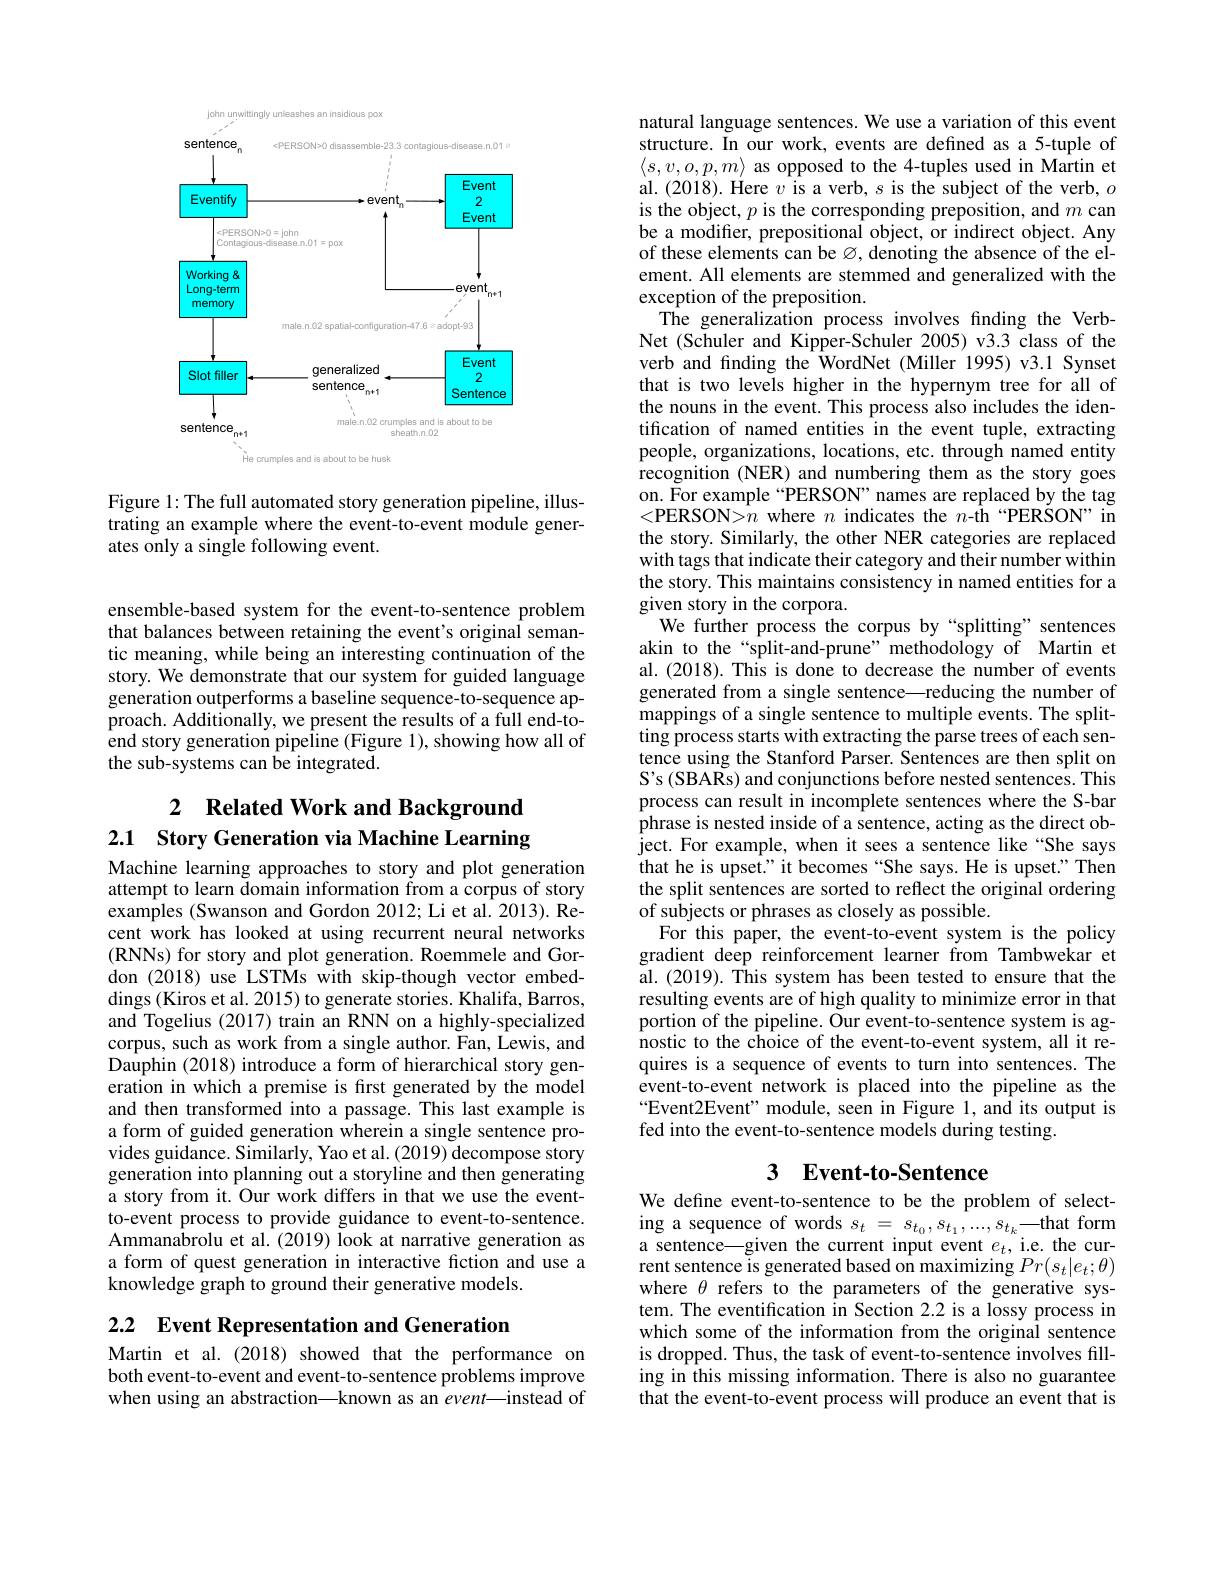
<FigureHere>

Figure 1: The full automated story generation pipeline, illustrating an example where the event-to-event module generates only a single following event.

ensemble-based system for the event-to-sentence problem that balances between retaining the event's original semantic meaning, while being an interesting continuation of the story. We demonstrate that our system for guided language generation outperforms a baseline sequence-to-sequence approach. Additionally, we present the results of a full end-toend story generation pipeline (Figure 1), showing how all of the sub-systems can be integrated.

# 2 Related Work and Background 2.1 Story Generation via Machine Learning

Machine learning approaches to story and plot generation attempt to learn domain information from a corpus of story examples (Swanson and Gordon 2012; Li et al. 2013). Recent work has looked at using recurrent neural networks ( RNNs) for story and plot generation. Roemmele and Gor- don (2018) use LSTMs with skip-though vector embeddings (Kiros et al. 2015) to generate stories. Khalifa, Barros, and Togelius (2017) train an RNN on a highly-specialized corpus, such as work from a single author. Fan, Lewis, and Dauphin (2018) introduce a form of hierarchical story generation in which a premise is first generated by the model and then transformed into a passage. This last example is a form of guided generation wherein a single sentence provides guidance. Similarly, Yao et al. (2019) decompose story generation into planning out a storyline and then generating a story from it. Our work differs in that we use the eventto-event process to provide guidance to event-to-sentence. Ammanabrolu et al. (2019) look at narrative generation as a form of quest generation in interactive fiction and use a knowledge graph to ground their generative models.

2.2 Event Representation and Generation

Martin et al. (2018) showed that the performance on both event-to-event and event-to-sentence problems improve when using an abstraction—known as an event—instead of

natural language sentences. We use a variation of this event structure. In our work, events are defined as a 5-tuple of $\langle s,v,o,p,m\rangle$ as opposed to the 4-tuples used in Martin et al. (2018). Here $v$ is a verb, s is the subject of the verb, $o$ is the object, $p$ is the corresponding preposition, and $m$ can be a modifier, prepositional object, or indirect object. Any of these elements can be Ø, denoting the absence of the element. All elements are stemmed and generalized with the exception of the preposition.
The generalization process involves finding the VerbNet (Schuler and Kipper-Schuler 2005) v3.3 class of the verb and finding the WordNet (Miller 1995) v3.1 Synset that is two levels higher in the hypernym tree for all of the nouns in the event. This process also includes the identification of named entities in the event tuple, extracting people, organizations, locations, etc. through named entity recognition (NER) and numbering them as the story goes on. For example “PERSON” names are replaced by the tag <PERSON>$n$ where $n$ indicates the $n$-th“PERSON”in the story. Similarly, the other NER categories are replaced with tags that indicate their category and their number within the story. This maintains consistency in named entities for a given story in the corpora.
We further process the corpus by“splitting”sentences akin to the“split-and-prune”methodology of Martin et al. (2018). This is done to decrease the number of events generated from a single sentence—reducing the number of mappings of a single sentence to multiple events. The splitting process starts with extracting the parse trees of each sentence using the Stanford Parser. Sentences are then split on S's (SBARs) and conjunctions before nested sentences. This process can result in incomplete sentences where the S-bar phrase is nested inside of a sentence, acting as the direct object. For example, when it sees a sentence like“She says that he is upset." it becomes “She says. He is upset.”Then the split sentences are sorted to reflect the original ordering of subjects or phrases as closely as possible.
For this paper, the event-to-event system is the policy gradient deep reinforcement learner from Tambwekar et al. (2019). This system has been tested to ensure that the resulting events are of high quality to minimize error in that portion of the pipeline. Our event-to-sentence system is agnostic to the choice of the event-to-event system, all it requires is a sequence of events to turn into sentences. The event-to-event network is placed into the pipeline as the “Event2Event" module, seen in Figure 1, and its output is fed into the event-to-sentence models during testing.

## 3 Event-to-Sentence

We define event-to-sentence to be the problem of selecting a sequence of words $s_t=s_{t_0},s_{t_1},...,s_{t_k}—$that form a sentence—given the current input event $e_t$, i.e. the current sentence is generated based on maximizing $Pr(s_t|e_t;\theta)$ where $\theta$ refers to the parameters of the generative system. The eventification in Section 2.2 is a lossy process in which some of the information from the original sentence is dropped. Thus, the task of event-to-sentence involves filling in this missing information. There is also no guarantee that the event-to-event process will produce an event that is